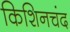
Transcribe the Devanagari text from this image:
किशिनचंद